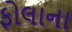
ફોલાના